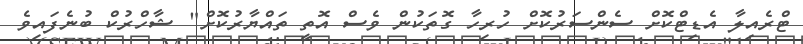
ޓްރެއިލާ އެޑިޓްކޮށް ސެންސަރުކޮށް ހުރިހާ ގޮތަކުން ވެސް އޮތީ ތައްޔާރުކޮށް" ޝާހްރުކް ބުނެފައިވެ